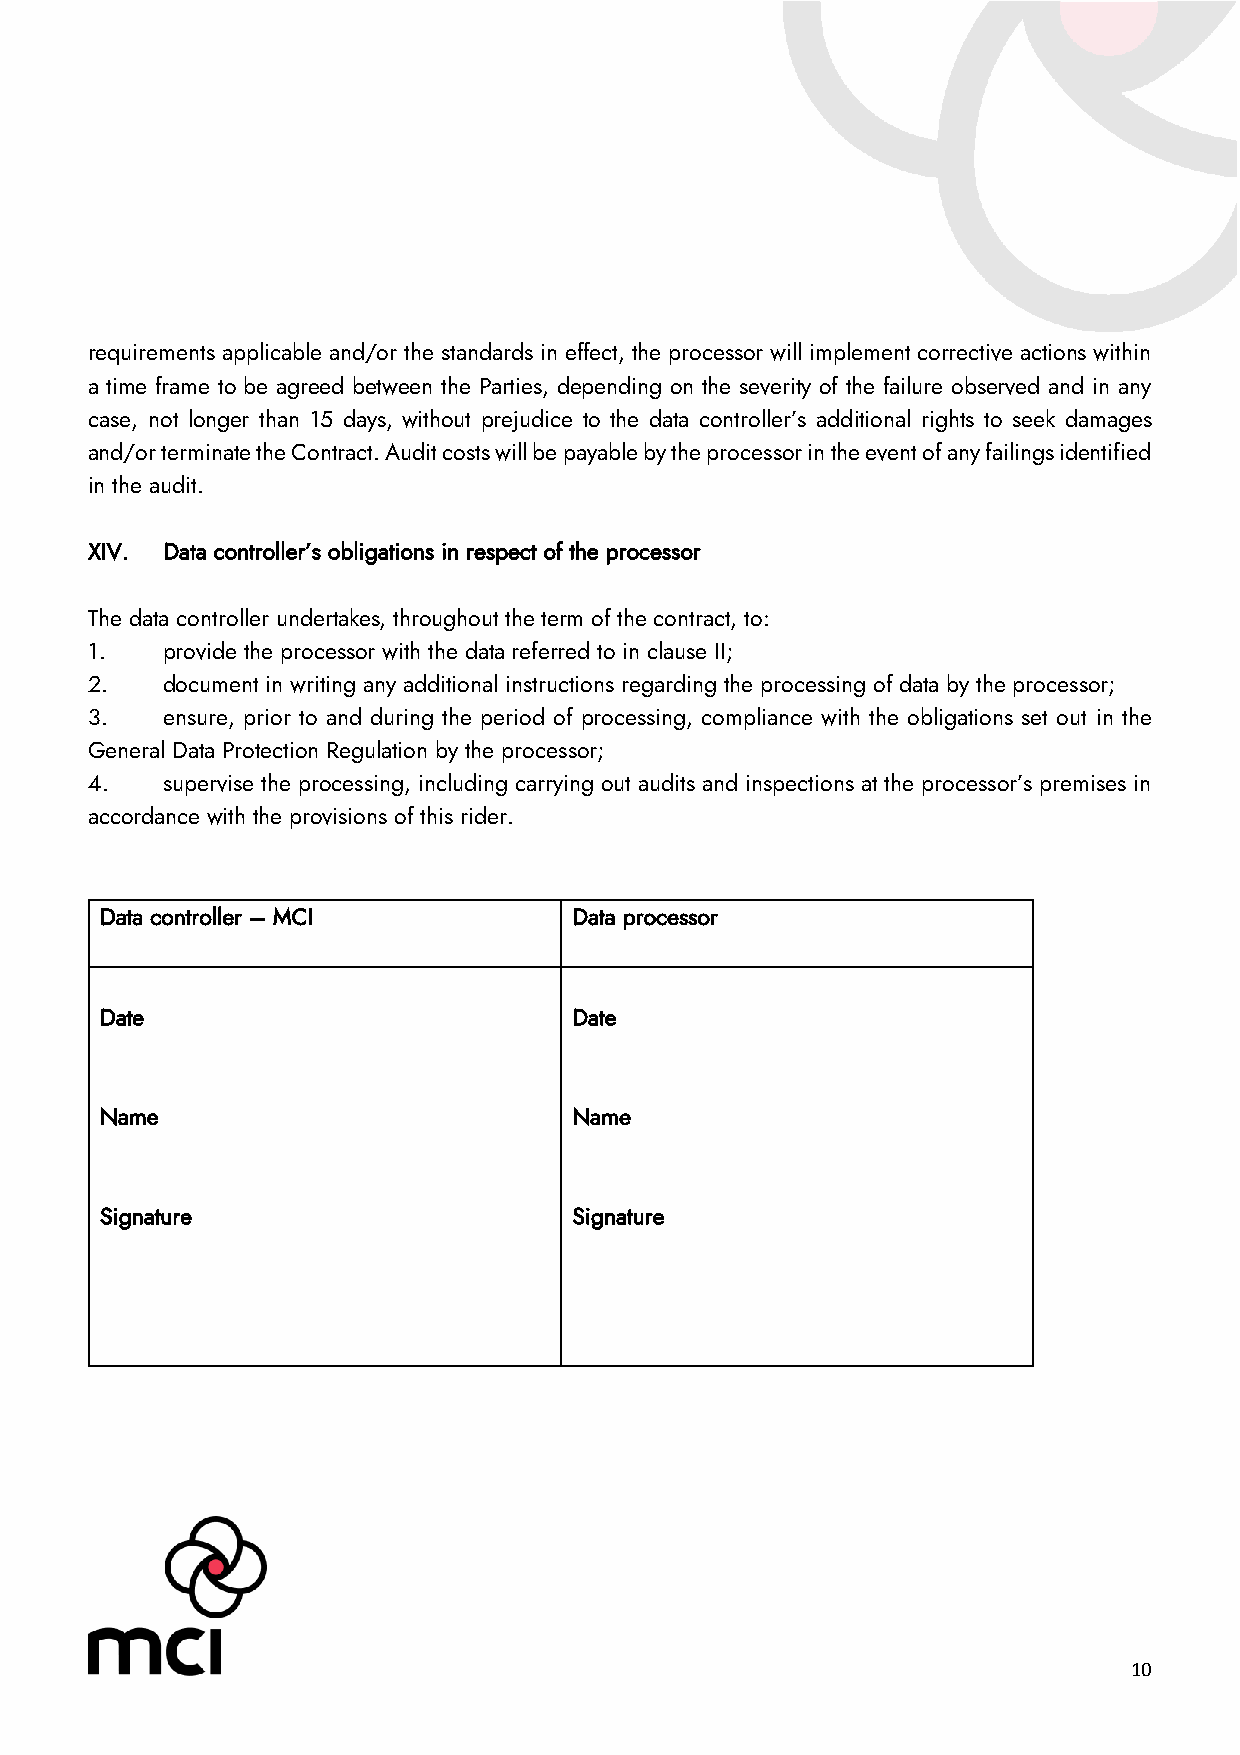
requirements applicable and/or the standards in effect, the processor will implement corrective actions within
 a time frame to be agreed between the Parties, depending on the severity of the failure observed and in any
 case, not longer than 15 days, without prejudice to the data controller’s additional rights to seek damages
 and/or terminate the Contract. Audit costs will be payable by the processor in the event of any failings identified
 in the audit.
 XIV. Data controller’s obligations in respect of the processor
 The data controller undertakes, throughout the term of the contract, to:
 1.   provide the processor with the data referred to in clause II;
 2.   document in writing any additional instructions regarding the processing of data by the processor;
 3.   ensure, prior to and during the period of processing, compliance with the obligations set out in the
 General Data Protection Regulation by the processor;
 4.   supervise the processing, including carrying out audits and inspections at the processor’s premises in
 accordance with the provisions of this rider.
 Data controller – MCI          Data processor
 Date                           Date
 Name                           Name
 Signature                      Signature
 10